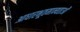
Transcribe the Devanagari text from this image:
आधारभूतमान्यताओं